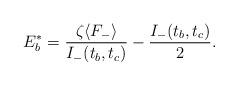
LaTeX: \begin{align*}E_b^*=\frac{\zeta\langle F_-\rangle}{I_-(t_b,t_c)}-\frac{I_-(t_b,t_c)}{2}.\end{align*}